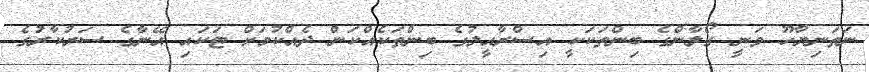
ނަތަނިޔާހޫ ވަނީ ގޯލާންގެ ބިންތަކަކީ އިސްރާއީލުގެ ބިންތަކެއްކަން ދެއްކުމަށް ޓަކައި އޭނާގެ ސަރުކާރުގެ